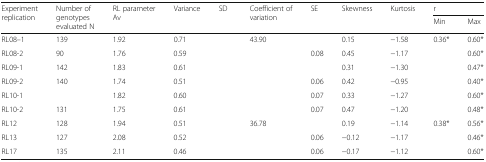
<table><thead><tr><td rowspan="2"><b>Experiment replication</b></td><td rowspan="2"><b>Number of genotypes evaluated N</b></td><td rowspan="2"><b>RL parameter Av</b></td><td rowspan="2"><b>Variance</b></td><td rowspan="2"><b>SD</b></td><td rowspan="2"><b>Coefficient of variation</b></td><td rowspan="2"><b>SE</b></td><td rowspan="2"><b>Skewness</b></td><td rowspan="2"><b>Kurtosis</b></td><td colspan="2"><b>r</b></td></tr><tr><td><b>Min</b></td><td><b>Max</b></td></tr></thead><tbody><tr><td>RL08–1</td><td>139</td><td>1.92</td><td>0.71</td><td>[EMPTY_CELL]</td><td>43.90</td><td>[EMPTY_CELL]</td><td>0.15</td><td>−1.58</td><td>0.36*</td><td>0.60*</td></tr><tr><td>RL08-2</td><td>90</td><td>1.76</td><td>0.59</td><td>[EMPTY_CELL]</td><td>[EMPTY_CELL]</td><td>0.08</td><td>0.45</td><td>−1.17</td><td>[EMPTY_CELL]</td><td>0.60*</td></tr><tr><td>RL09-1</td><td>142</td><td>1.83</td><td>0.61</td><td>[EMPTY_CELL]</td><td>[EMPTY_CELL]</td><td>[EMPTY_CELL]</td><td>0.31</td><td>−1.30</td><td>[EMPTY_CELL]</td><td>0.47*</td></tr><tr><td>RL09-2</td><td>140</td><td>1.74</td><td>0.51</td><td>[EMPTY_CELL]</td><td>[EMPTY_CELL]</td><td>0.06</td><td>0.42</td><td>−0.95</td><td>[EMPTY_CELL]</td><td>0.40*</td></tr><tr><td>RL10-1</td><td>[EMPTY_CELL]</td><td>1.82</td><td>0.60</td><td>[EMPTY_CELL]</td><td>[EMPTY_CELL]</td><td>0.07</td><td>0.33</td><td>−1.27</td><td>[EMPTY_CELL]</td><td>0.60*</td></tr><tr><td>RL10-2</td><td>131</td><td>1.75</td><td>0.61</td><td>[EMPTY_CELL]</td><td>[EMPTY_CELL]</td><td>0.07</td><td>0.47</td><td>−1.20</td><td>[EMPTY_CELL]</td><td>0.48*</td></tr><tr><td>RL12</td><td>128</td><td>1.94</td><td>0.51</td><td>[EMPTY_CELL]</td><td>36.78</td><td>[EMPTY_CELL]</td><td>0.19</td><td>−1.14</td><td>0.38*</td><td>0.56*</td></tr><tr><td>RL13</td><td>127</td><td>2.08</td><td>0.52</td><td>[EMPTY_CELL]</td><td>[EMPTY_CELL]</td><td>0.06</td><td>−0.12</td><td>−1.17</td><td>[EMPTY_CELL]</td><td>0.46*</td></tr><tr><td>RL17</td><td>135</td><td>2.11</td><td>0.46</td><td>[EMPTY_CELL]</td><td>[EMPTY_CELL]</td><td>0.06</td><td>−0.17</td><td>−1.12</td><td>[EMPTY_CELL]</td><td>0.60*</td></tr></tbody></table>